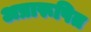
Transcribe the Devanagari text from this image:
अप्रारूपित